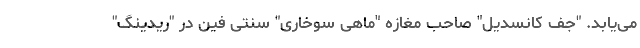
می‌یابد. "جف کانسدیل" صاحب مغازه "ماهی سوخاری" سنتی فین در "ریدینگ"